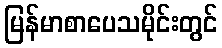
မြန်မာစာပေသမိုင်းတွင်